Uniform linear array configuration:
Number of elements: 16
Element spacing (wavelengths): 0.75
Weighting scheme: hamming
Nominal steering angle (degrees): -60
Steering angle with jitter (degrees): -58.131
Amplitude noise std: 0.05
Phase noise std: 0.05

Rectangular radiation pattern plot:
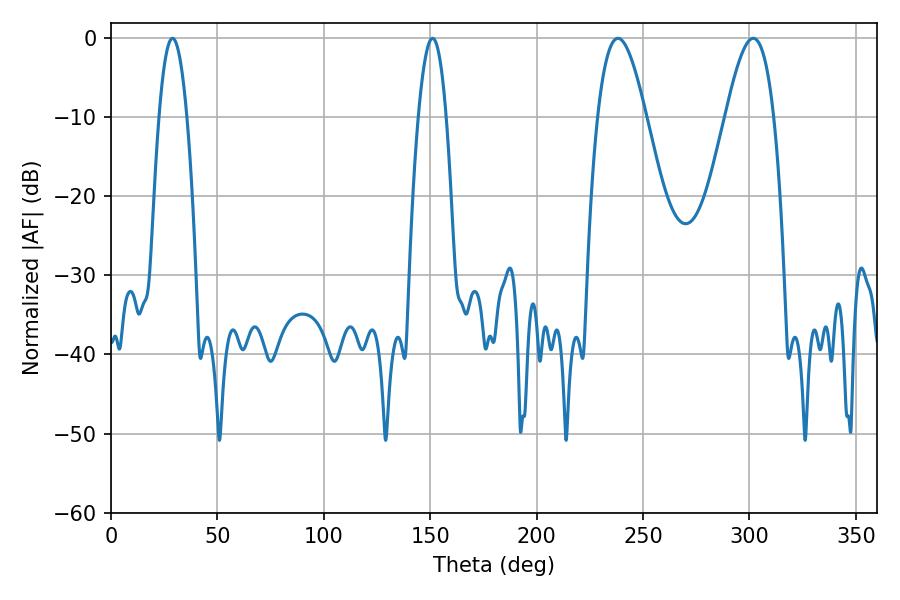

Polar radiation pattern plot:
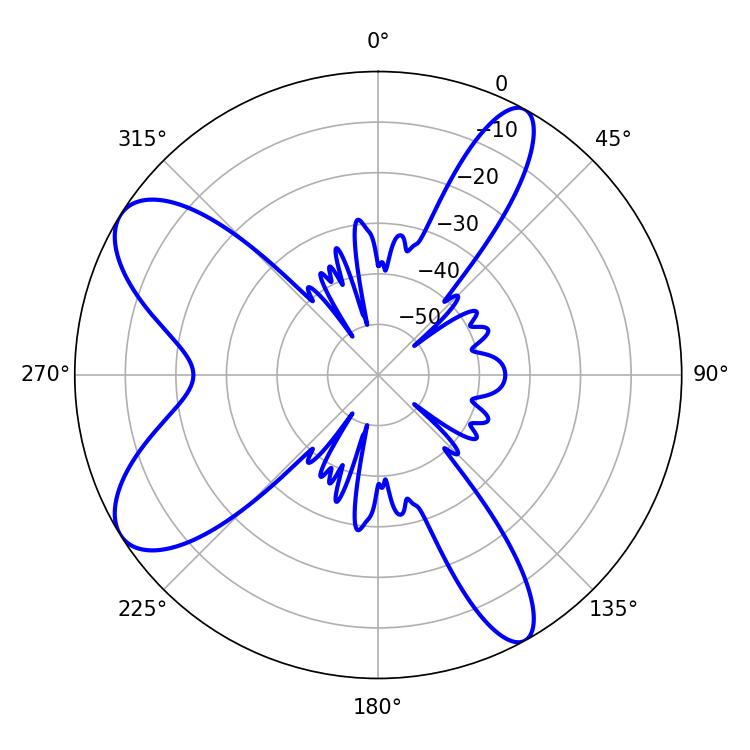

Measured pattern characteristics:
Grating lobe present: TRUE
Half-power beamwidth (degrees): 12.42
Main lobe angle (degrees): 238.14